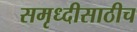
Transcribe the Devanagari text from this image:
समृध्दीसाठीच